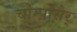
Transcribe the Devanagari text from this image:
चोम्पोसेर्